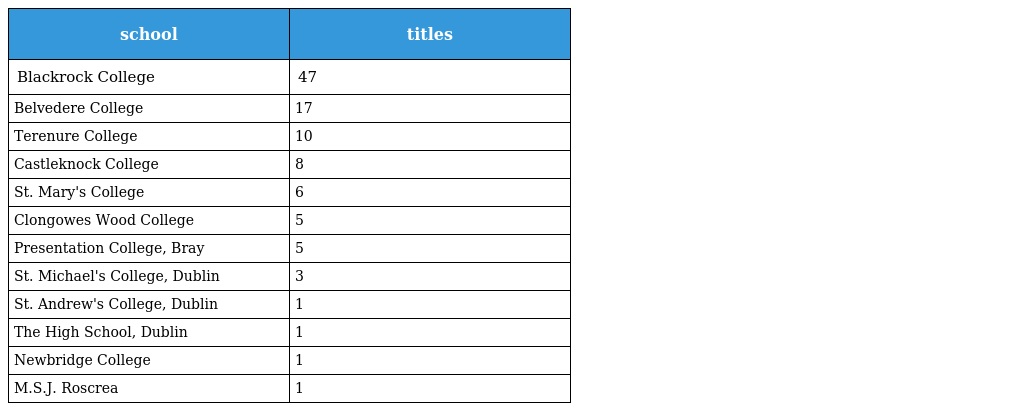
| school | titles |
 | --- | --- |
 | Blackrock College | 47 |
 | Belvedere College | 17 |
 | Terenure College | 10 |
 | Castleknock College | 8 |
 | St. Mary's College | 6 |
 | Clongowes Wood College | 5 |
 | Presentation College, Bray | 5 |
 | St. Michael's College, Dublin | 3 |
 | St. Andrew's College, Dublin | 1 |
 | The High School, Dublin | 1 |
 | Newbridge College | 1 |
 | M.S.J. Roscrea | 1 |